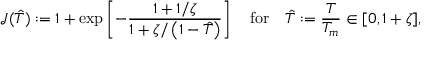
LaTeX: { \mathcal { J } } ( { \hat { T } } ) : = 1 + \exp \left[ - { \frac { 1 + 1 / \zeta } { 1 + \zeta / \left( 1 - { \hat { T } } \right) } } \right] \quad { \mathrm { f o r } } \quad { \hat { T } } : = { \frac { T } { T _ { m } } } \in [ 0 , 1 + \zeta ] ,